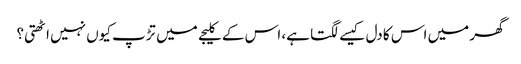
گھر میں اس کا دل کیسے لگتا ہے، اس کے کلیجے میں تڑپ کیوں نہیں اٹھتی؟